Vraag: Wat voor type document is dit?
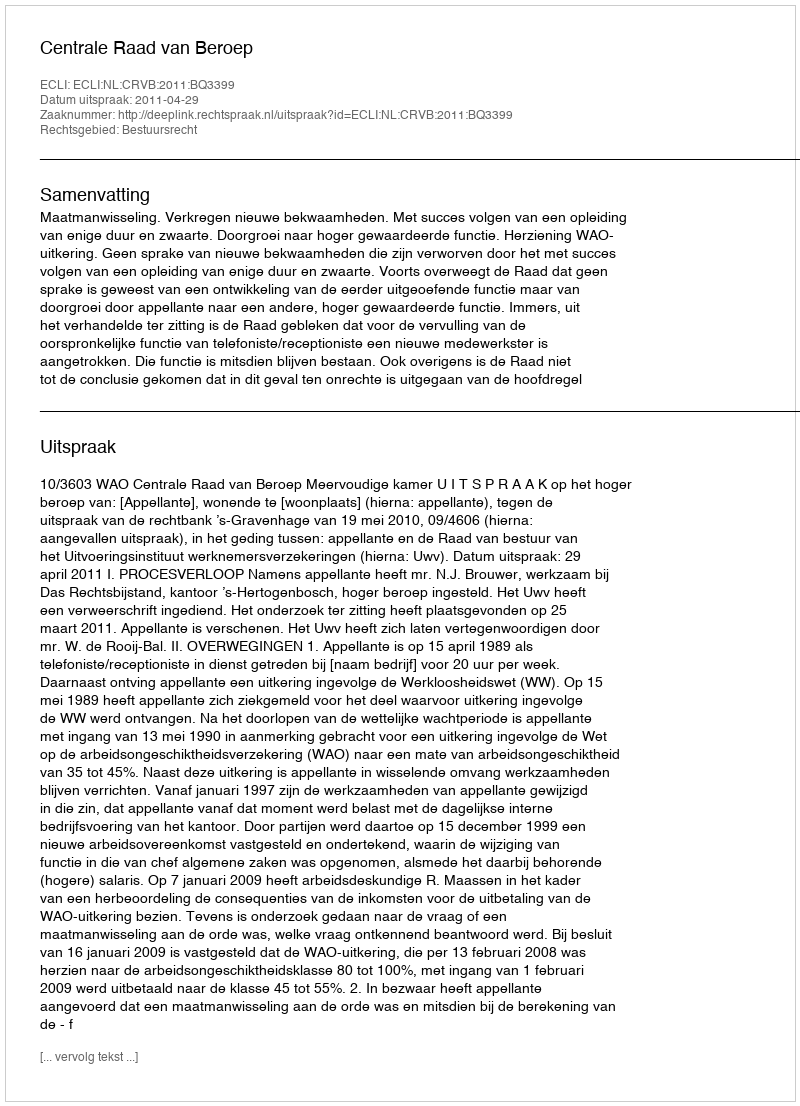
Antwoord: Uitspraak